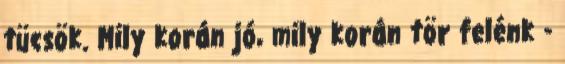
tücsök. Mily korán jó, mily korán tör felénk -